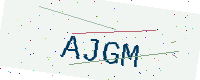
Text: AJGM